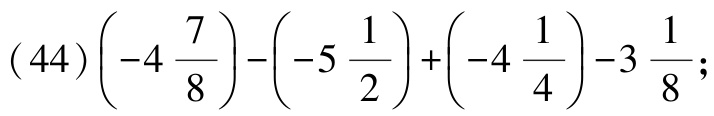
\((44)\left(-4\frac{7}{8}\right)-\left(-5\frac{1}{2}\right)+\left(-4\frac{1}{4}\right)-3\frac{1}{8}\);